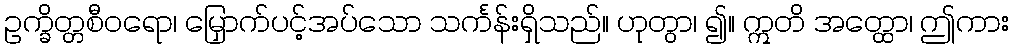
ဥက္ခိတ္တစီဝရော၊ မြှောက်ပင့်အပ်သော သင်္ကန်းရှိသည်။ ဟုတွာ၊ ၍။ ဣတိ အတ္ထော၊ ဤကား